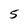
Character: 5